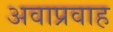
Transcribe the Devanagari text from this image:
अवाप्रवाह